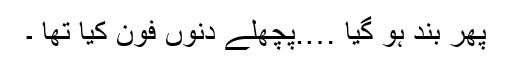
پھر بند ہو گیا ….پچھلے دنوں فون کیا تھا ۔